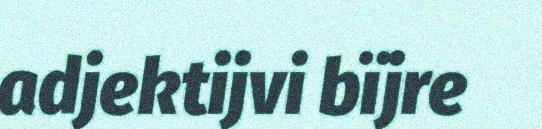
adjektijvi bïjre